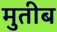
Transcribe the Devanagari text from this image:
मुतीब